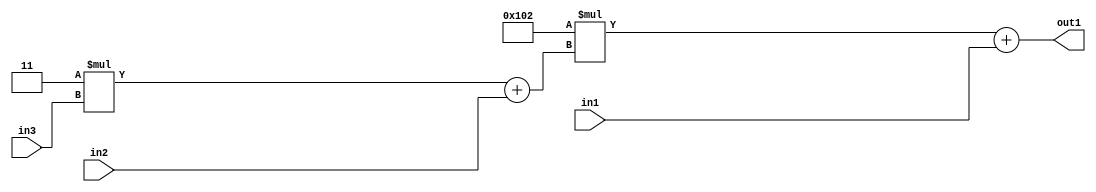
`timescale 1ps / 1ps
/*****************************************************************************
    Verilog RTL Description
    
    
    Created by: Stratus DpOpt 2019.1.01 
*******************************************************************************/

module DC_Filter_Add2u9Mul2i258Add2u1Mul2i3u2_1 (
	in3,
	in2,
	in1,
	out1
	); /* architecture "behavioural" */ 
input [1:0] in3;
input  in2;
input [8:0] in1;
output [11:0] out1;
wire [11:0] asc001;
wire [3:0] asc002;

wire [3:0] asc002_tmp_0;
assign asc002_tmp_0 = 
	+(4'B0011 * in3);
assign asc002 = asc002_tmp_0
	+(in2);

wire [11:0] asc001_tmp_1;
assign asc001_tmp_1 = 
	+(12'B000100000010 * asc002);
assign asc001 = asc001_tmp_1
	+(in1);

assign out1 = asc001;
endmodule

/* CADENCE  v7XwSQs= : u9/ySgnWtBlWxVPRXgAZ4Og= ** DO NOT EDIT THIS LINE ******/